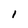
Character: l